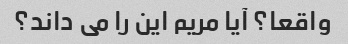
واقعا؟ آیا مریم این را می داند؟